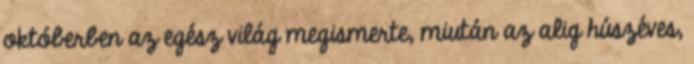
októberben az egész világ megismerte, miután az alig húszéves,